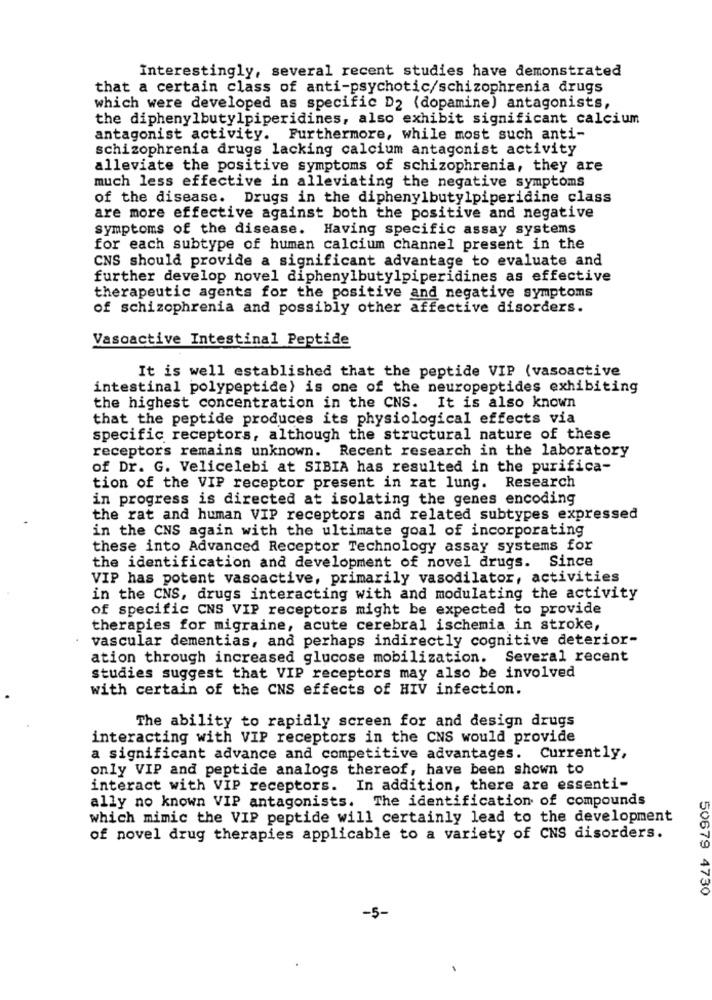
Interestingly, several recent studies have demonstrated
that a certain class of anti-psychotic/schizophrenia drugs
which were developed as specific D2 (dopamine) antagonists,
the diphenylbutylpiperidines, also exhibit significant calcium
antagonist activity. Furthermore, while most such anti-
schizophrenia drugs lacking calcium antagonist activity
alleviate the positive symptoms of schizophrenia, they are
much less effective in alleviating the negative symptoms
of the disease. Drugs in the diphenylbutylpiperidine class
are more effective against both the positive and negative
symptoms of the disease. Having specific assay systems
for each subtype of human calcium channel present in the
CNS should provide a significant advantage to evaluate and
further develop novel diphenylbutylpiperidines as effective
therapeutic agents for the positive and negative symptoms
of schizophrenia and possibly other affective disorders.
Vasoactive Intestinal Peptide
It is well established that the peptide VIP (vasoactive
intestinal polypeptide) is one of the neuropeptides exhibiting
the highest concentration in the CNS. It is also known
that the peptide produces its physiological effects via
specific receptors, although the structural nature of these
receptors remains unknown. Recent research in the laboratory
of Dr. G. Velicelebi at SIBIA has resulted in the purifica-
tion of the VIP receptor present in rat lung. Research
in progress is directed at isolating the genes encoding
the rat and human VIP receptors and related subtypes expressed
in the CNS again with the ultimate goal of incorporating
these into Advanced Receptor Technology assay systems for
the identification and development of novel drugs. Since
VIP has potent vasoactive, primarily vasodilator, activities
in the CNS, drugs interacting with and modulating the activity
of specific CNS VIP receptors might be expected to provide
therapies for migraine, acute cerebral ischemia in stroke,
vascular dementias, and perhaps indirectly cognitive deterior-
ation through increased glucose mobilization. Several recent
studies suggest that VIP receptors may also be involved
with certain of the CNS effects of HIV infection.
The ability to rapidly screen for and design drugs
interacting with VIP receptors in the CNS would provide
a significant advance and competitive advantages. Currently,
only VIP and peptide analogs thereof, have been shown to
interact with VIP receptors. In addition, there are essenti-
ally no known VIP antagonists. The identification of compounds
which mimic the VIP peptide will certainly lead to the development
of novel drug therapies applicable to a variety of CNS disorders.
50679 4730
-5-